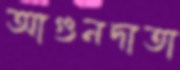
আগুনদাতা